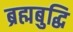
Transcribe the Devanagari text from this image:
ब्रह्मबुद्धि